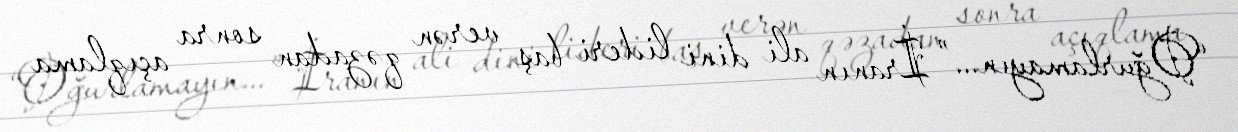
“Oğurlamayın...” İranın ali dini lideri baş verən qəzadan sonra açıqlama